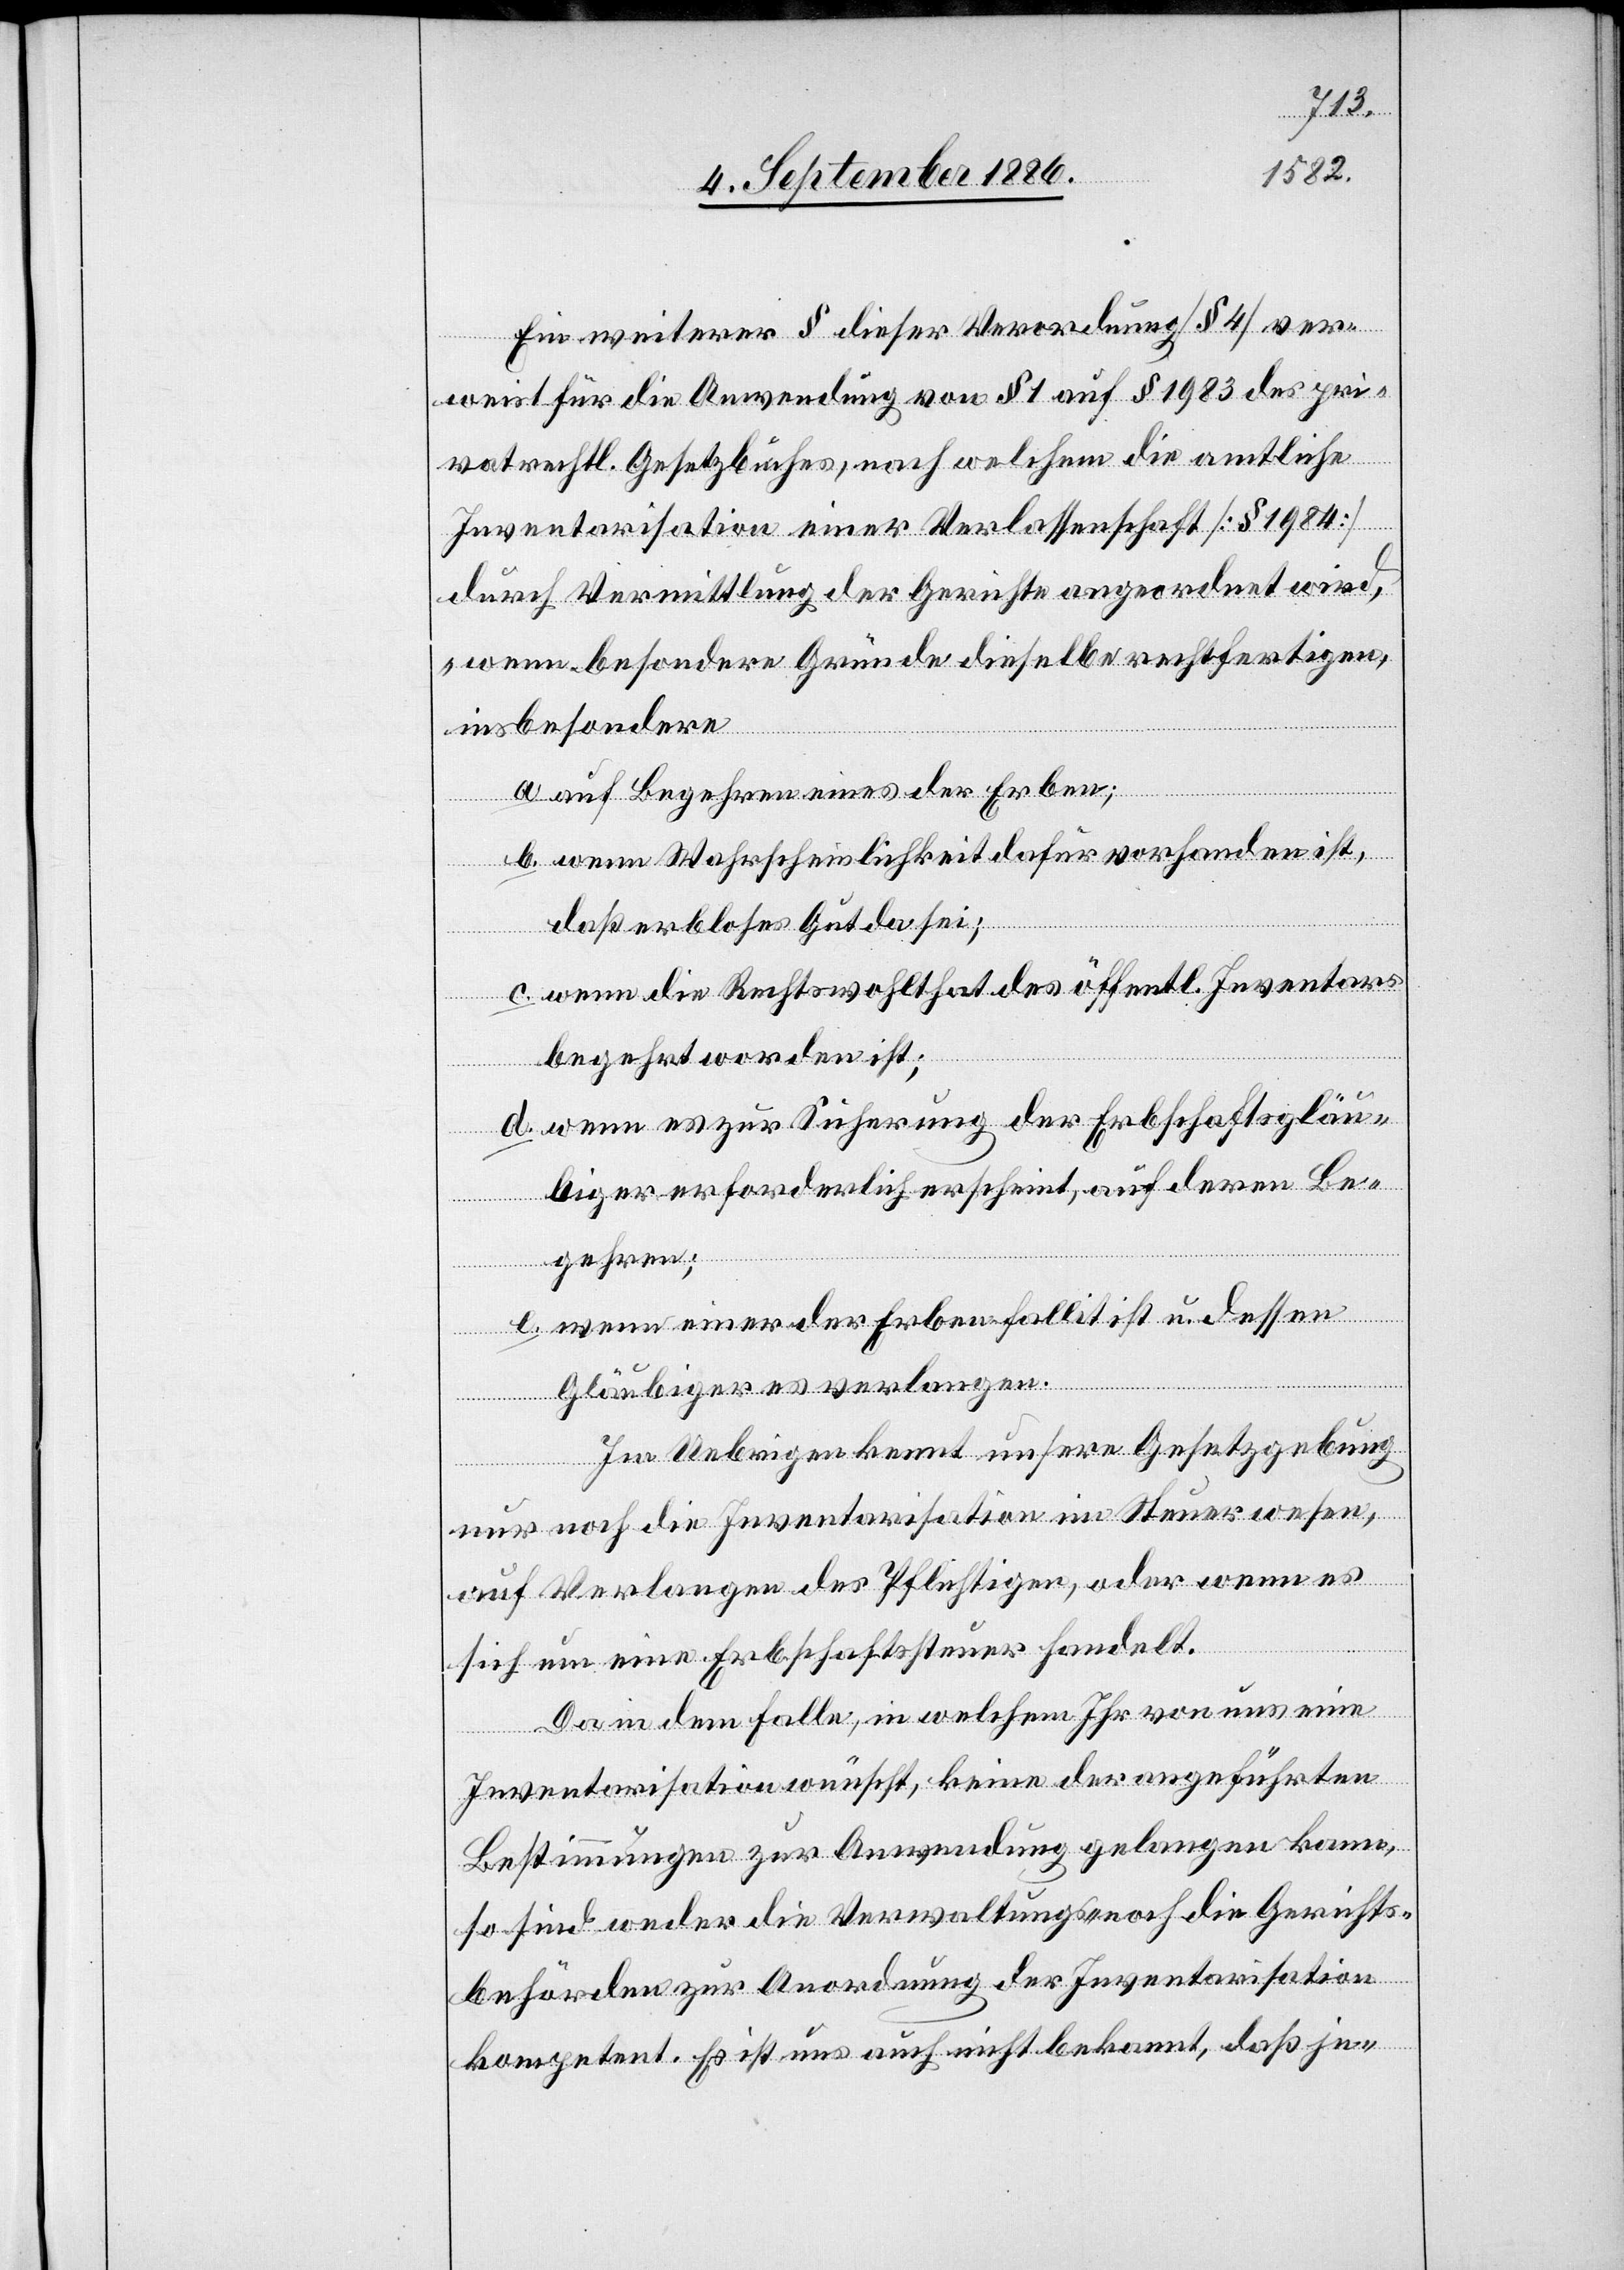
Ein weiterer § dieser Verordnung [§ 4] ver¬
weist für die Anwendung von § 1 auf § 1983 des pri¬
vatrechtl. Gesetzbuches, nach welchem die amtliche
Inventarisation einer Verlassenschaft [§ 1984]
durch Vermittlung der Gerichte angeordnet wird,
„wenn besondere Gründe dieselbe rechtfertigen,
insbesondere
a.
auf Begehren eines der Erben;
b. wenn Wahrscheinlichkeit dafür vorhanden ist,
daß erbloses Gut da sei;
c. wenn die Rechtswohlthat des öffentl. Inventars
begehrt worden ist;
d. wenn es zur Sicherung der Erbschaftsgläu¬
biger erforderlich erscheint, auf deren Be¬
gehren;
e. wenn einer der Erben fallit ist u. dessen
Gläubiger es verlangen.“
Im Uebrigen kennt unsere Gesetzgebung
nur noch die Inventarisation im Steuerwesen,
auf Verlangen des Pflichtigen, oder wenn es
sich um eine Erbschaftssteuer handelt.
Da in dem Falle, in welchem Ihr von uns eine
Inventarisation wünscht, keine der angeführten
Bestimmungen zur Anwendung gelangen kann,
so sind weder die Verwaltungs- noch die Gerichts¬
behörden zur Anordnung der Inventarisation
kompetent. Es ist uns auch nicht bekannt, daß je-